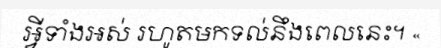
អ្វីទាំងអស់ រហូតមកទល់នឹងពេលនេះ។ «